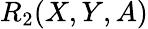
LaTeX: R_{2}(X,Y,A)